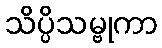
သိပ္ပိသမ္ဗုကာ